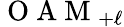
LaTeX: \mathrm{~O~A~M~}_{+\ell}